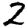
Digit: 2